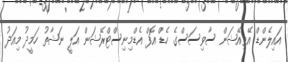
އައިލެންޑް އޭވިއޭޝަން ސާވިސަސްގެ ހެޑް އޮފް އެޑްމިނިސްޓްރޭޝަން އަލީ ނަޝާތު ހަމީދު މިއަދު